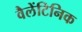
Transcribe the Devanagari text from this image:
वैलेंटिनिक